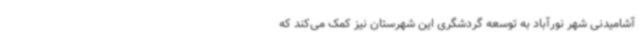
آشامیدنی شهر نورآباد به توسعه گردشگری این شهرستان نیز کمک می‌کند که